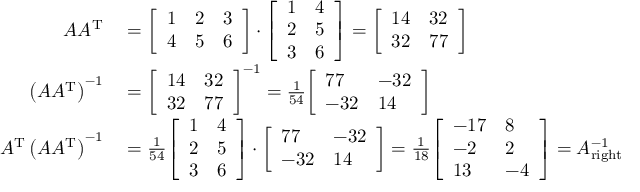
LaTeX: \begin{array} { r l } { A A ^ { \mathrm { T } } } & { { } = { \left[ \begin{array} { l l l } { 1 } & { 2 } & { 3 } \\ { 4 } & { 5 } & { 6 } \end{array} \right] } \cdot { \left[ \begin{array} { l l } { 1 } & { 4 } \\ { 2 } & { 5 } \\ { 3 } & { 6 } \end{array} \right] } = { \left[ \begin{array} { l l } { 1 4 } & { 3 2 } \\ { 3 2 } & { 7 7 } \end{array} \right] } } \\ { \left( A A ^ { \mathrm { T } } \right) ^ { - 1 } } & { { } = { \left[ \begin{array} { l l } { 1 4 } & { 3 2 } \\ { 3 2 } & { 7 7 } \end{array} \right] } ^ { - 1 } = { \frac { 1 } { 5 4 } } { \left[ \begin{array} { l l } { 7 7 } & { - 3 2 } \\ { - 3 2 } & { 1 4 } \end{array} \right] } } \\ { A ^ { \mathrm { T } } \left( A A ^ { \mathrm { T } } \right) ^ { - 1 } } & { { } = { \frac { 1 } { 5 4 } } { \left[ \begin{array} { l l } { 1 } & { 4 } \\ { 2 } & { 5 } \\ { 3 } & { 6 } \end{array} \right] } \cdot { \left[ \begin{array} { l l } { 7 7 } & { - 3 2 } \\ { - 3 2 } & { 1 4 } \end{array} \right] } = { \frac { 1 } { 1 8 } } { \left[ \begin{array} { l l } { - 1 7 } & { 8 } \\ { - 2 } & { 2 } \\ { 1 3 } & { - 4 } \end{array} \right] } = A _ { \mathrm { r i g h t } } ^ { - 1 } } \end{array}